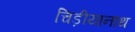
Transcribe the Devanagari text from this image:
चिड़ीयानाथ